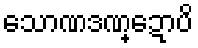
သောဏဒဏ္ဍောပိ